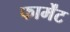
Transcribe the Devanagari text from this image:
फार्मेंट